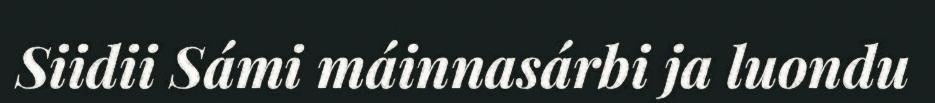
Siidii Sámi máinnasárbi ja luondu